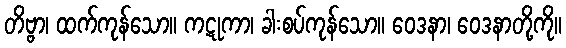
တိဗ္ဗာ၊ ထက်ကုန်သော။ ကဋုကာ၊ ခါးစပ်ကုန်သော။ ဝေဒနာ၊ ဝေဒနာတို့ကို။